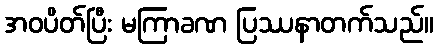
အဝပိတ်ပြီး မကြာခဏ ပြဿနာတက်သည်။